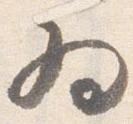
為